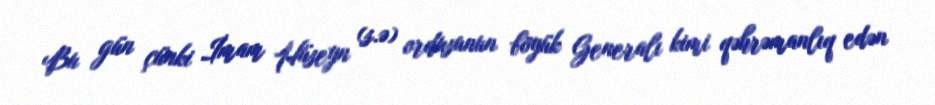
Bu gün çünki İmam Hüseyn (s.ə) ordusunun böyük Generalı kimi qəhrəmanlıq edən